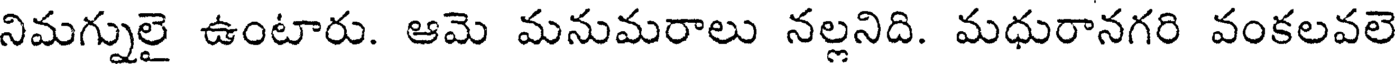
నిమగ్నులై ఉంటారు. ఆమె మనుమరాలు నల్లనిది. మధురానగరి వంకలవలె